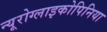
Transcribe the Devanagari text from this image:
न्यूरोग्लाइकोपिनिया